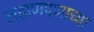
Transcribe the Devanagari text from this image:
लहाणपणाच्या